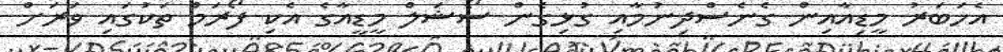
އެހަބަރު މީޑިއާއިން ގެނެސްދިނުމާއި ގުޅިގެން ސޯޝަލް މީޑީއާގެ އެކި ފޯރަމް ތަކުގައި ވަރަށް